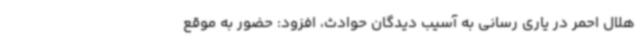
هلال احمر در یاری رسانی به آسیب دیدگان حوادث، افزود: حضور به موقع